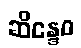
ဆိန္ဒေဝ